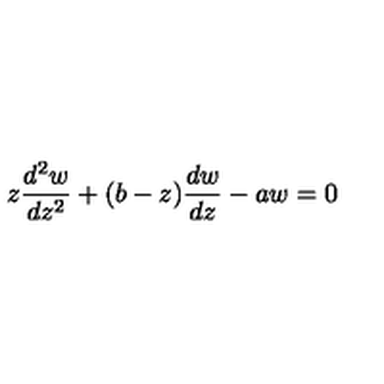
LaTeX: z \frac { d ^ { 2 } w } { d z ^ { 2 } } + ( b - z ) \frac { d w } { d z } - a w = 0